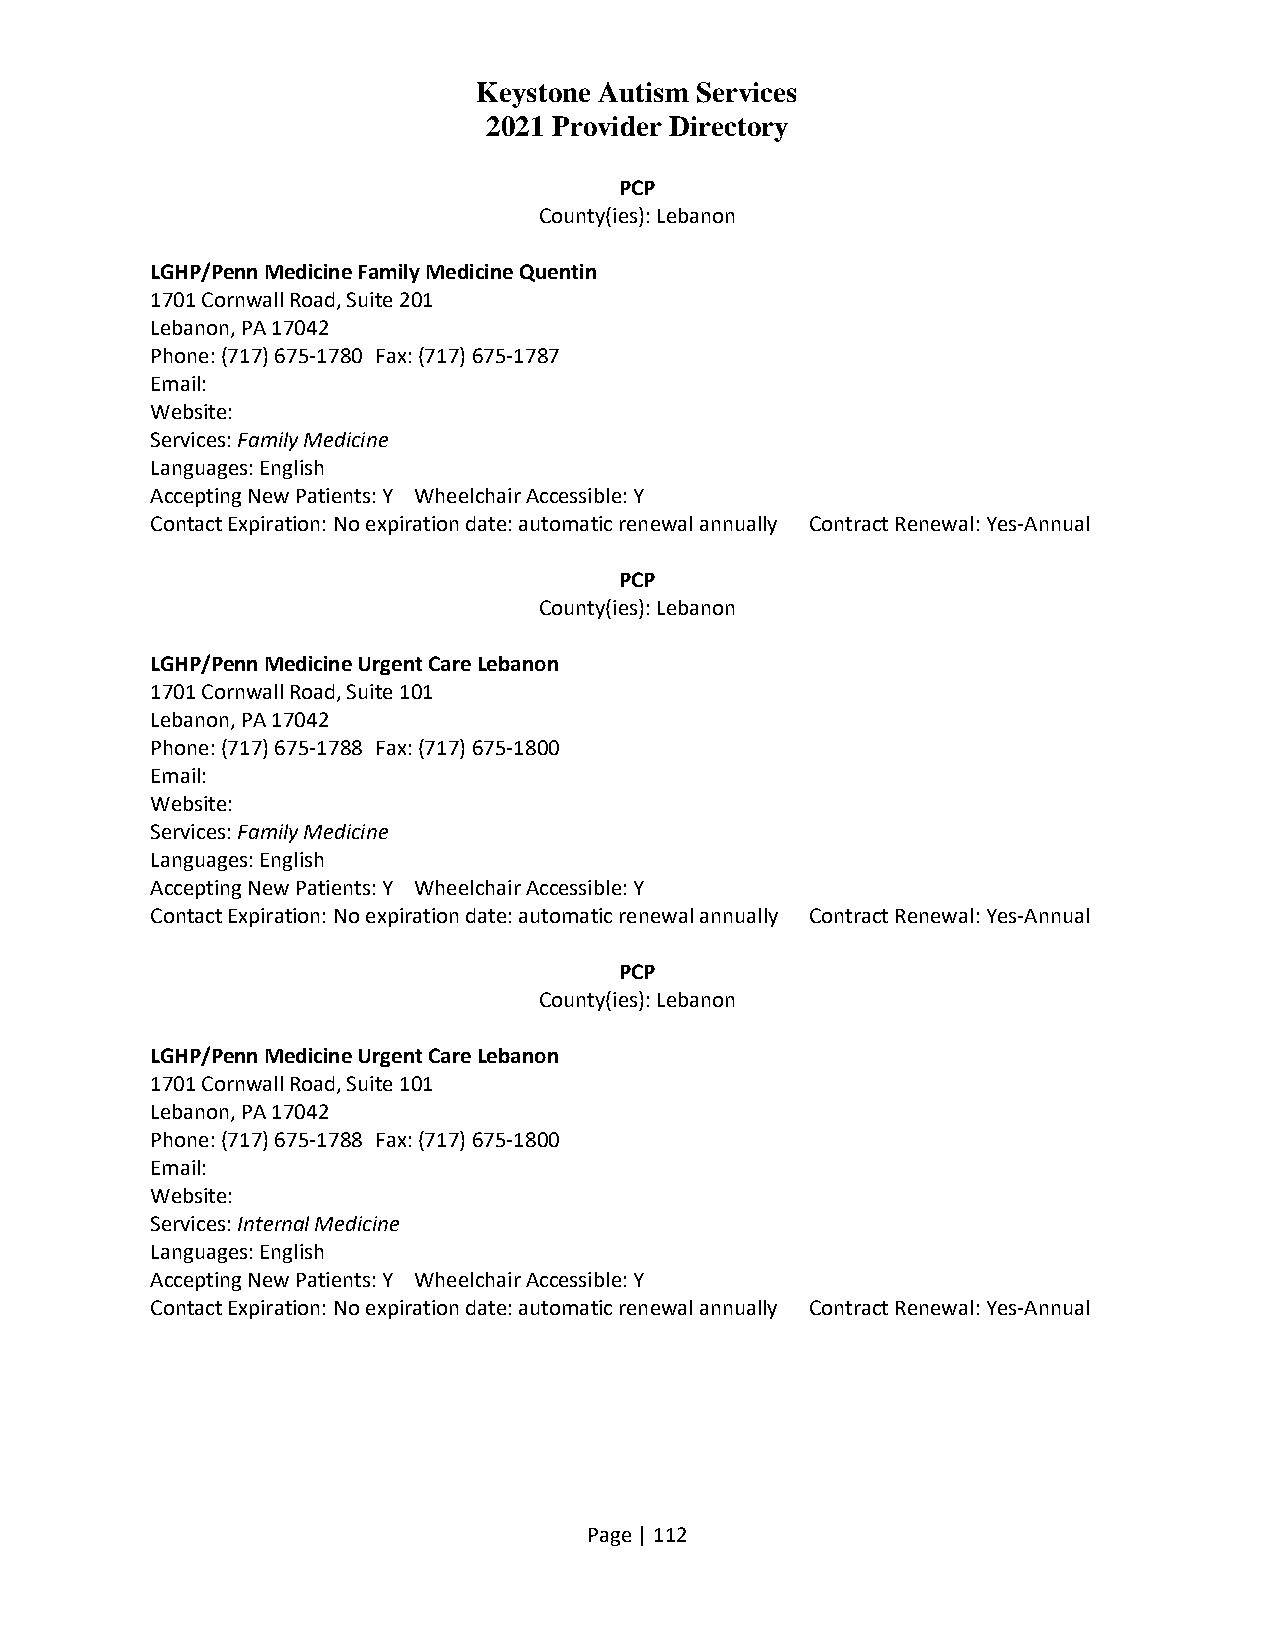
Keystone Autism Services
 2021 Provider Directory
 PCP
 County(ies): Lebanon
 LGHP/Penn Medicine Family Medicine Quentin
 1701 Cornwall Road, Suite 201
 Lebanon, PA 17042
 Phone: (717) 675-1780 Fax: (717) 675-1787
 Email:
 Website:
 Services: Family Medicine
 Languages: English
 Accepting New Patients: Y Wheelchair Accessible: Y
 Contact Expiration: No expiration date: automatic renewal annually Contract Renewal: Yes-Annual
 PCP
 County(ies): Lebanon
 LGHP/Penn Medicine Urgent Care Lebanon
 1701 Cornwall Road, Suite 101
 Lebanon, PA 17042
 Phone: (717) 675-1788 Fax: (717) 675-1800
 Email:
 Website:
 Services: Family Medicine
 Languages: English
 Accepting New Patients: Y Wheelchair Accessible: Y
 Contact Expiration: No expiration date: automatic renewal annually Contract Renewal: Yes-Annual
 PCP
 County(ies): Lebanon
 LGHP/Penn Medicine Urgent Care Lebanon
 1701 Cornwall Road, Suite 101
 Lebanon, PA 17042
 Phone: (717) 675-1788 Fax: (717) 675-1800
 Email:
 Website:
 Services: Internal Medicine
 Languages: English
 Accepting New Patients: Y Wheelchair Accessible: Y
 Contact Expiration: No expiration date: automatic renewal annually Contract Renewal: Yes-Annual
 Page | 112